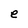
Character: e